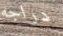
دراجه